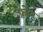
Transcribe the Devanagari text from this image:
फ़्रोम